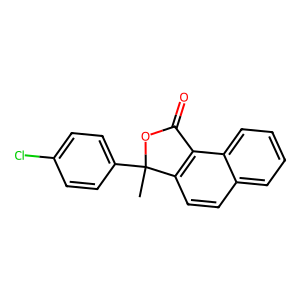
SMILES: CC1(c2ccc(Cl)cc2)OC(=O)c2c1ccc1ccccc21
Inhibits HIV replication: No